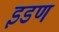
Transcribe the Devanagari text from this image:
इडण